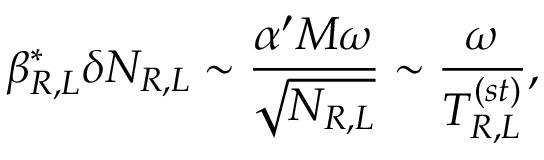
\beta _ { R , L } ^ { * } \delta N _ { R , L } \sim { \frac { \alpha ^ { \prime } M \omega } { \sqrt { N _ { R , L } } } } \sim { \frac { \omega } { T _ { R , L } ^ { ( s t ) } } } ,